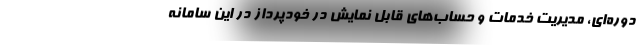
دوره‌ای، مدیریت خدمات و حساب‌های قابل نمایش در خودپرداز در این سامانه‌